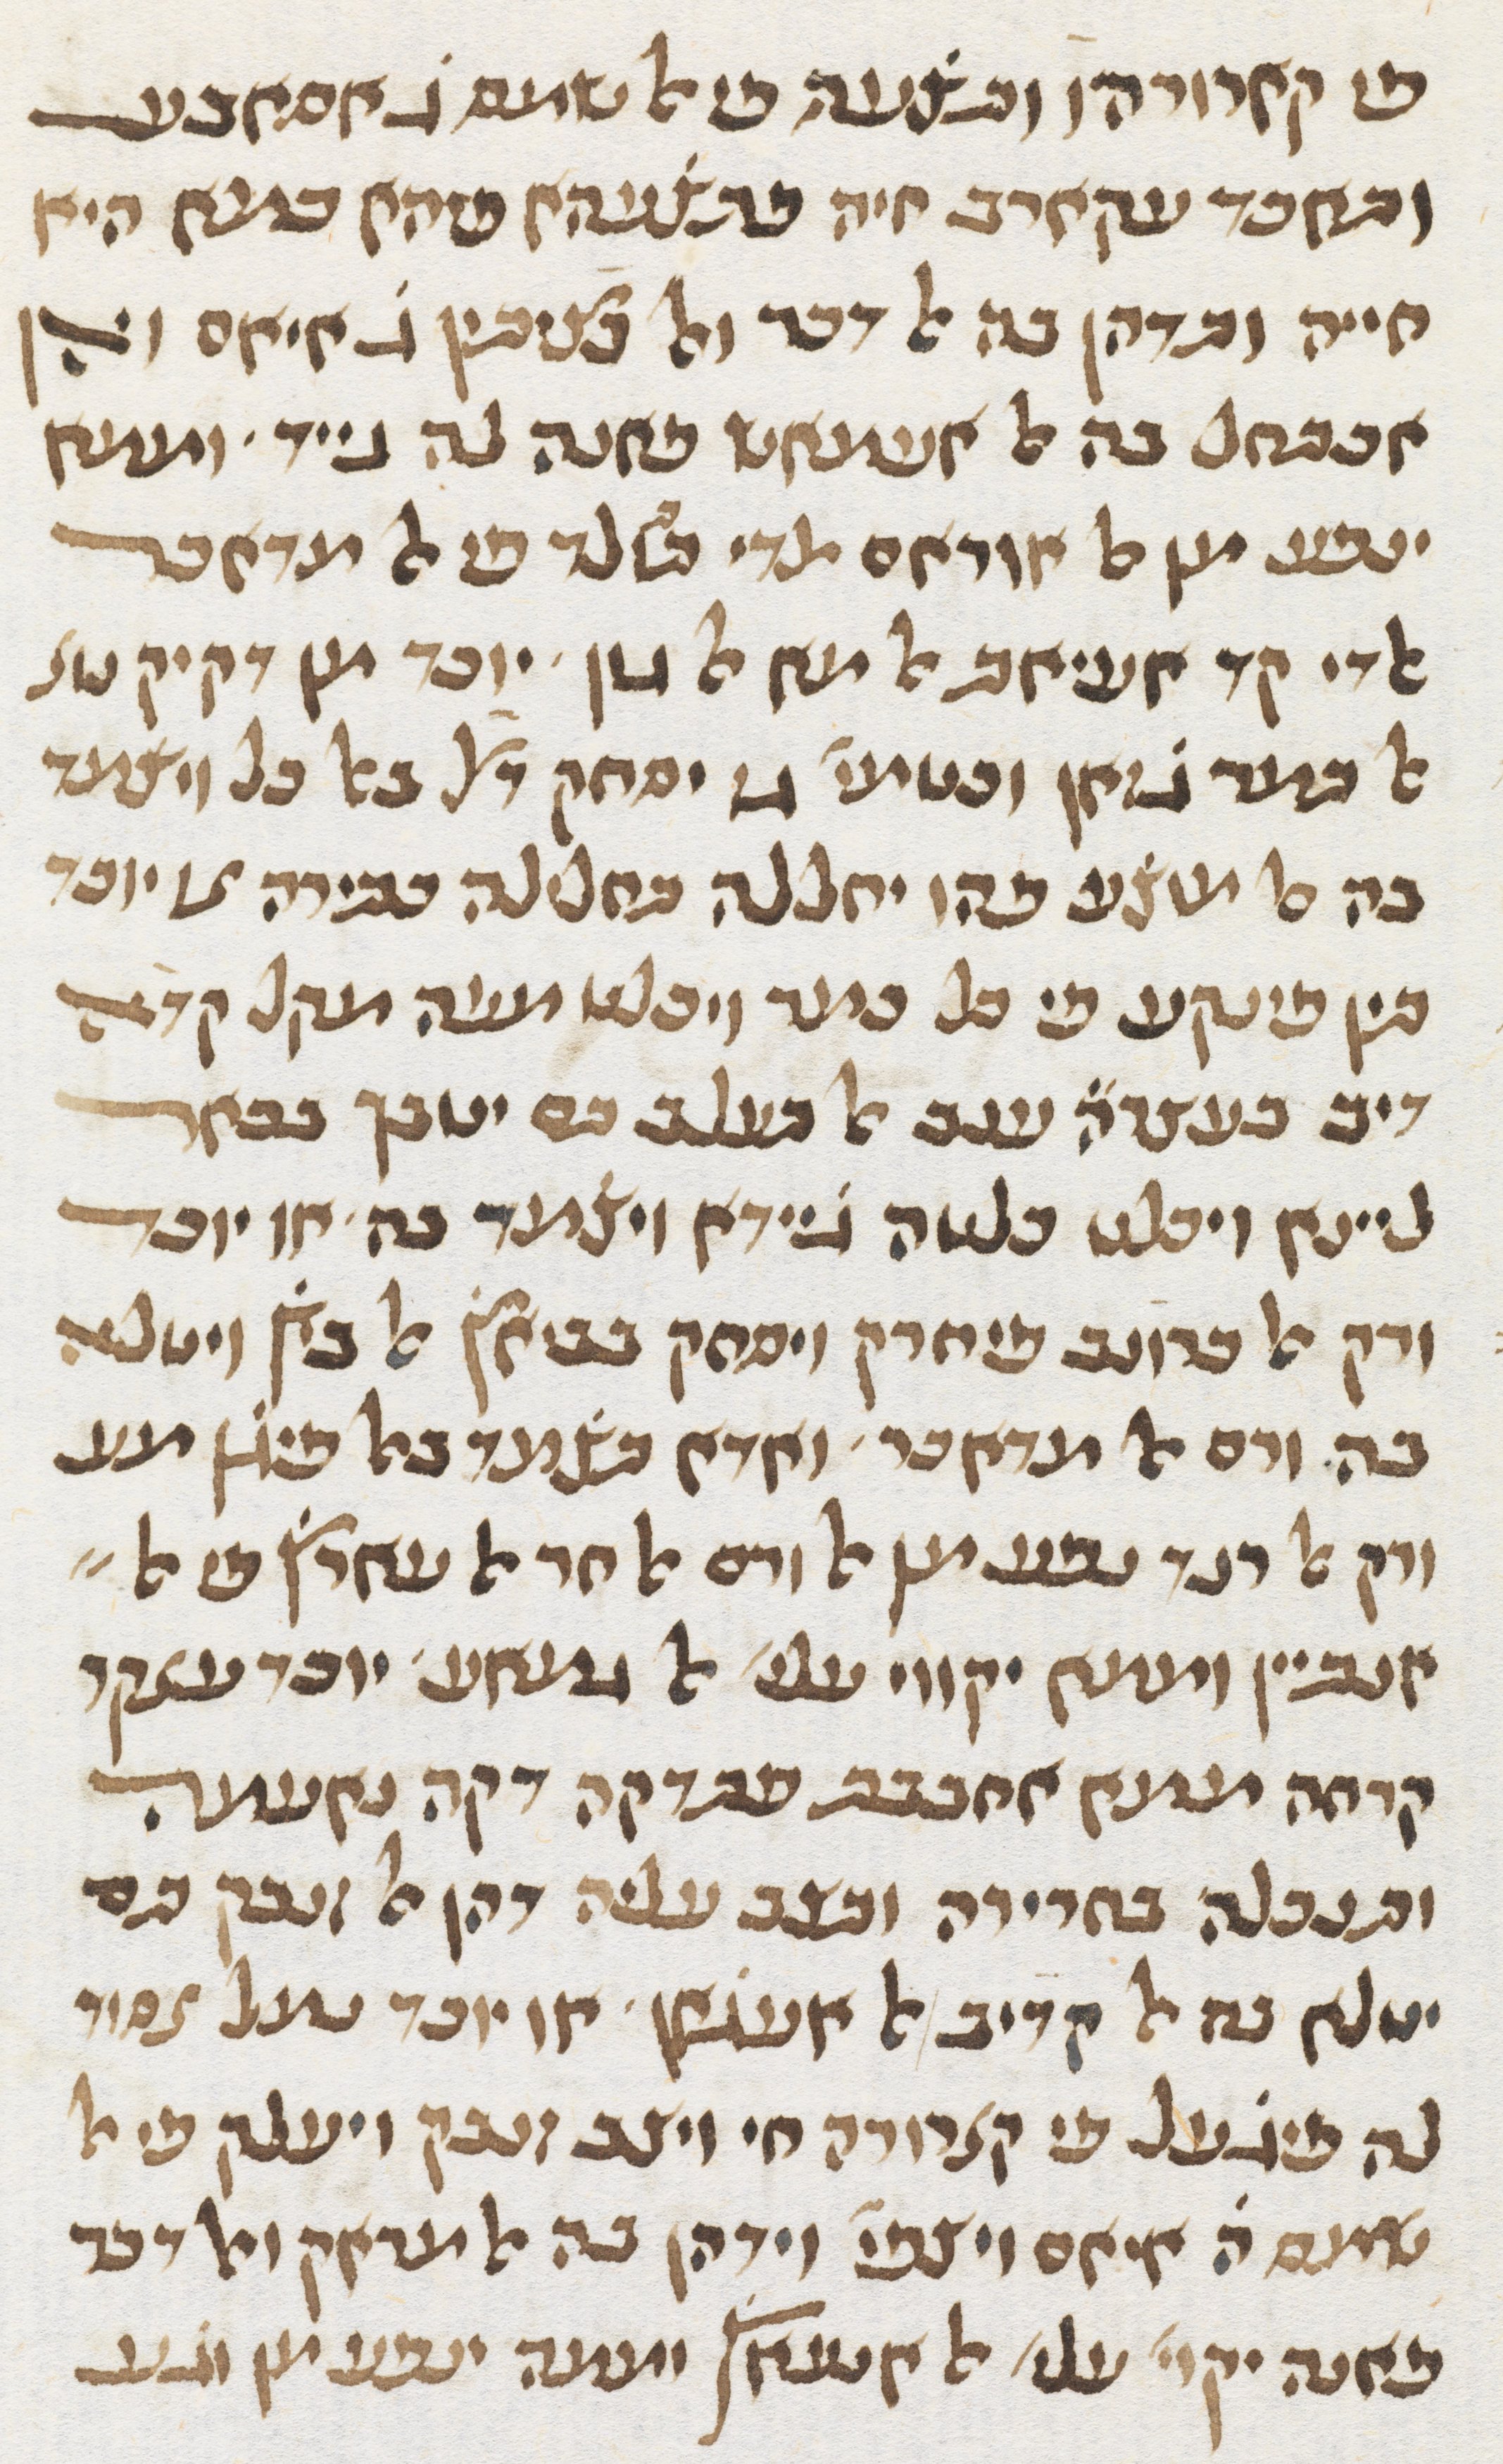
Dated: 1413–1413